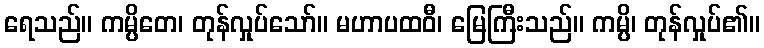
ရေသည်။ ကမ္ပိတေ၊ တုန်လှုပ်သော်။ မဟာပထဝီ၊ မြေကြီးသည်။ ကမ္ပိ၊ တုန်လှုပ်၏။